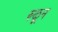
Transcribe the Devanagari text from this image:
रुळून